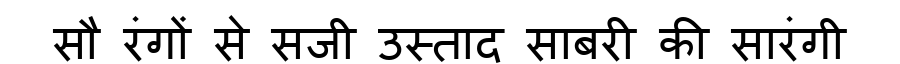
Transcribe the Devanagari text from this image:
सौ रंगों से सजी उस्ताद साबरी की सारंगी